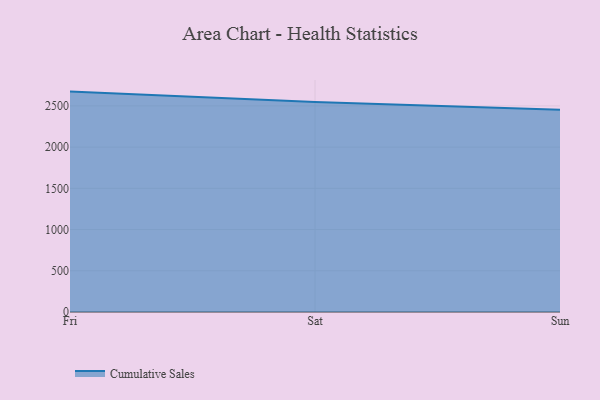
{"axis": {"x": "Day", "y": "Shipments"}, "legend": ["Cumulative Sales"], "data": [{"x": "Fri", "y": 2673.4, "type": "Cumulative Sales"}, {"x": "Sat", "y": 2547.8, "type": "Cumulative Sales"}, {"x": "Sun", "y": 2452.1, "type": "Cumulative Sales"}]}